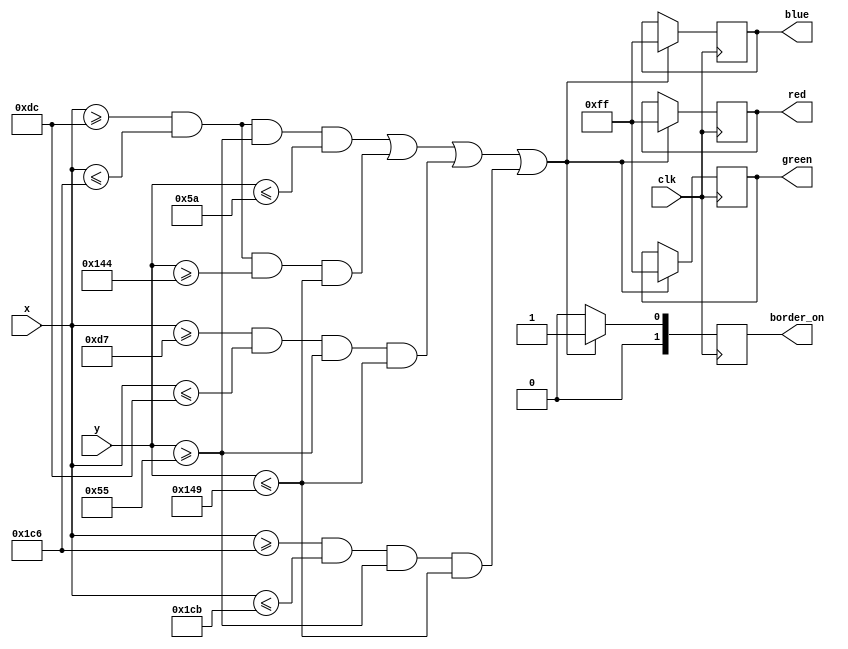
`timescale 1ns / 1ps
//////////////////////////////////////////////////////////////////////////////////
// Company: 
// 
// Create Date: 
// Design Name: 
// Module Name: gameBorder
// Project Name: 
// Target Devices: 
// Tool Versions: 
// Description: 
// Dependencies: 
// 
// Revision:
//
// Additional Comments:
// 
/////////////////////////////////////////////////////////////////////////////
module gameBorder (
    clk,
	x,
	y,
	red,
	green,
	blue,
	border_on
	);

    parameter top = 90;
    parameter bottom = 324;
    parameter left = 220;
    parameter right = 454;
    parameter thickness = 5;
    
    input wire clk;
	input wire [9:0] x, y;
	output reg [7:0] red,green,blue; 
    output reg [1:0] border_on;
    
    always @ (posedge clk)
    begin
    if ( (x >= left && x <= right && y >= top-thickness && y <= top) 
    || ( x >= left && x <= right && y >= bottom && y<= bottom+thickness ) 
    || ( x >= left-thickness && x<= left && y >= top-thickness && y <= bottom+thickness)
    ||(x >= right && x <= right+thickness && y >= top-thickness && y <= bottom+thickness) )
        begin
            red <= 8'd255 ;
            green <= 8'd255 ;
            blue <= 8'd255 ;
            border_on <= 1;
        end
    else
        border_on <= 0;
    end    
endmodule